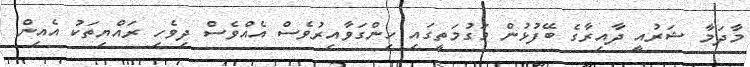
މާދަމާ ޝަރުއީ ދާއިރާގެ ބޭފުޅުން މަގުމަތީގައި ހިންގަވާއިރުވެސް އެއްވެސް ދިވެހި ރައްޔިތަކު އެއިން